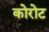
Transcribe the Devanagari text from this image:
कोरोट